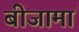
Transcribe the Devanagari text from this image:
बीजामां